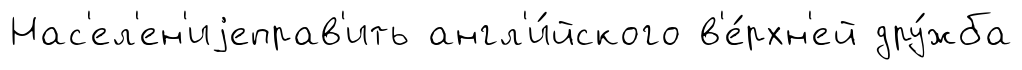
Нас'ел'ен'иjеправ'ить англ'и́йского в'е́рхн'ей дру́жба